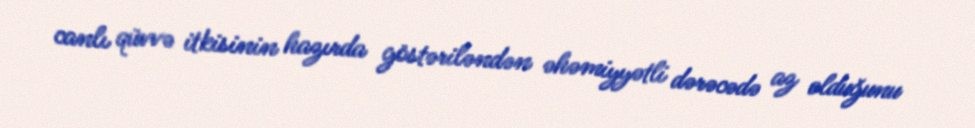
canlı qüvvə itkisinin hazırda göstəriləndən əhəmiyyətli dərəcədə az olduğunu